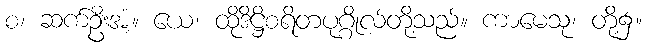
စ၊ ဆက်ဦးအံ့။ ယေ၊ ထိုဒိဋ္ဌိစရိတပုဂ္ဂိုလ်တို့သည်။ ကာမေသု၊ တို့၌။